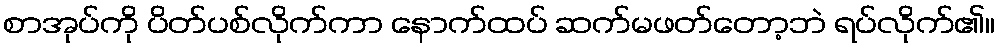
စာအုပ်ကို ပိတ်ပစ်လိုက်ကာ နောက်ထပ် ဆက်မဖတ်တော့ဘဲ ရပ်လိုက်၏။